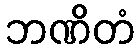
ဘဏိတံ